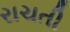
રાચતી